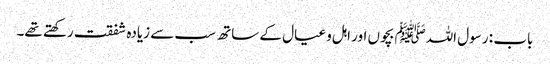
باب : رسول اللہﷺ بچوں اور اہل و عیال کے ساتھ سب سے زیادہ شفقت رکھتے تھے۔